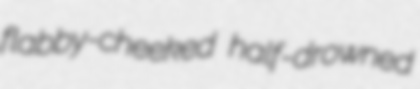
flabby-cheeked half-drowned